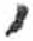
אות: ,